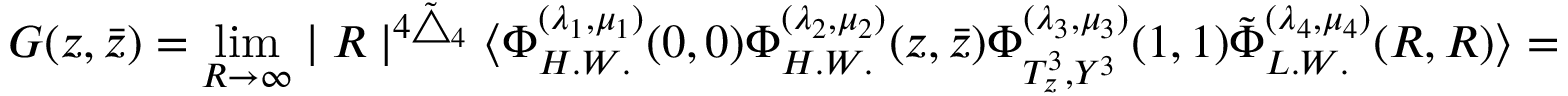
G ( z , \bar { z } ) = \operatorname * { l i m } _ { R \rightarrow \infty } \mid { R } \mid ^ { 4 \tilde { \bigtriangleup } _ { 4 } } \langle \Phi _ { H . W . } ^ { ( \lambda _ { 1 } , \mu _ { 1 } ) } ( 0 , 0 ) \Phi _ { H . W . } ^ { ( \lambda _ { 2 } , \mu _ { 2 } ) } ( z , \bar { z } ) \Phi _ { T _ { z } ^ { 3 } , Y ^ { 3 } } ^ { ( \lambda _ { 3 } , \mu _ { 3 } ) } ( 1 , 1 ) \tilde { \Phi } _ { L . W . } ^ { ( \lambda _ { 4 } , \mu _ { 4 } ) } ( R , R ) \rangle =